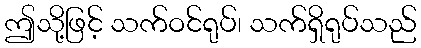
ဤသို့ဖြင့် သက်ဝင်ရုပ်၊ သက်ရှိရုပ်သည်